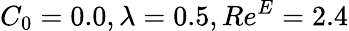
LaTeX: C_{0}=0.0,\lambda=0.5,Re^{E}=2.4